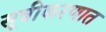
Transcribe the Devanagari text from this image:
सूत्रीकरणात